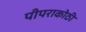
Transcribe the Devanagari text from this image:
पीपराकोठी